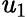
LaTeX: \mathit{u}_{1}